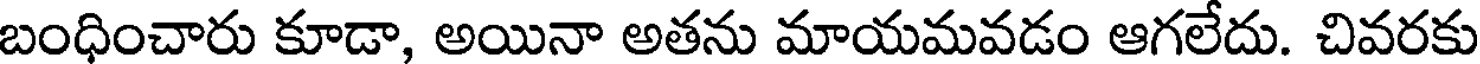
బంధించారు కూడా, అయినా అతను మాయమవడం ఆగలేదు. చివరకు